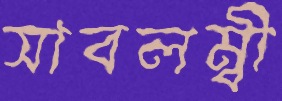
সাবলম্বী